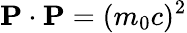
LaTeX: \mathbf{P}\cdot\mathbf{P}=(m_{0}c)^{2}